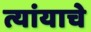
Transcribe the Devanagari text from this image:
त्यांयाचे